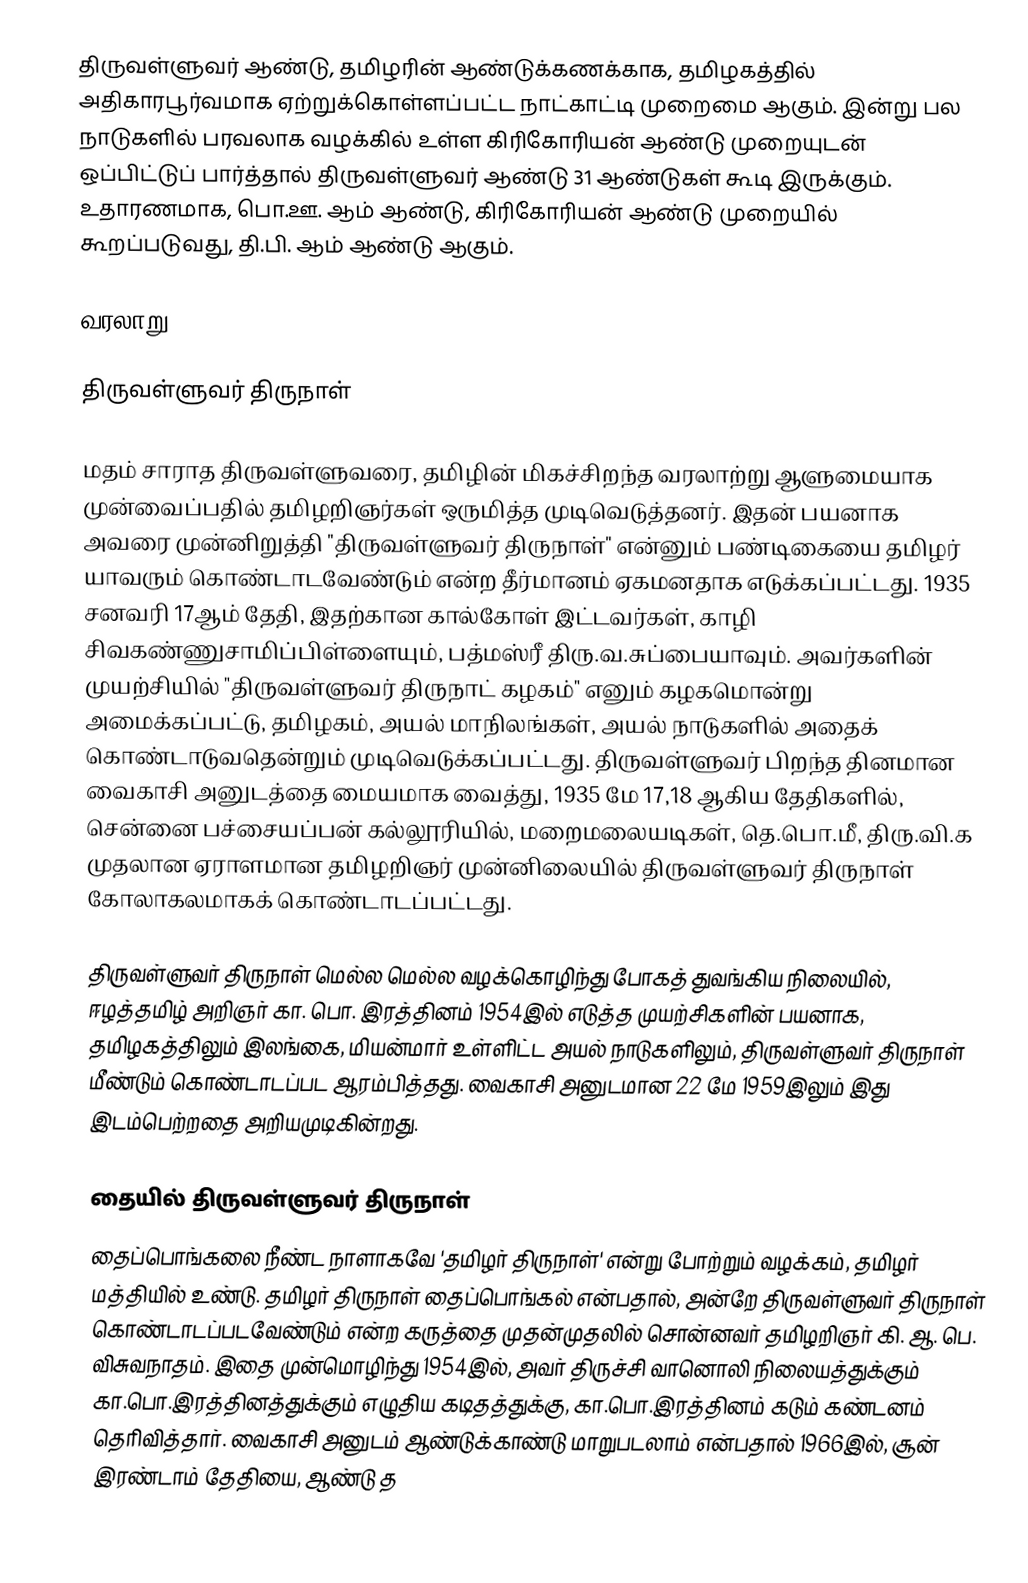
திருவள்ளுவர் ஆண்டு, தமிழரின் ஆண்டுக்கணக்காக, தமிழகத்தில் அதிகாரபூர்வமாக ஏற்றுக்கொள்ளப்பட்ட நாட்காட்டி முறைமை ஆகும். இன்று பல நாடுகளில் பரவலாக வழக்கில் உள்ள கிரிகோரியன் ஆண்டு முறையுடன் ஒப்பிட்டுப் பார்த்தால் திருவள்ளுவர் ஆண்டு 31 ஆண்டுகள் கூடி இருக்கும். உதாரணமாக, பொ.ஊ.  ஆம் ஆண்டு, கிரிகோரியன் ஆண்டு முறையில் கூறப்படுவது, தி.பி.  ஆம் ஆண்டு ஆகும்.

வரலாறு

திருவள்ளுவர் திருநாள்

மதம் சாராத திருவள்ளுவரை, தமிழின் மிகச்சிறந்த வரலாற்று ஆளுமையாக முன்வைப்பதில் தமிழறிஞர்கள் ஒருமித்த முடிவெடுத்தனர். இதன் பயனாக அவரை முன்னிறுத்தி "திருவள்ளுவர் திருநாள்" என்னும் பண்டிகையை தமிழர் யாவரும் கொண்டாடவேண்டும் என்ற தீர்மானம் ஏகமனதாக எடுக்கப்பட்டது. 1935 சனவரி 17ஆம் தேதி, இதற்கான கால்கோள் இட்டவர்கள், காழி சிவகண்ணுசாமிப்பிள்ளையும், பத்மஸ்ரீ திரு.வ.சுப்பையாவும். அவர்களின் முயற்சியில் "திருவள்ளுவர் திருநாட் கழகம்" எனும் கழகமொன்று அமைக்கப்பட்டு, தமிழகம், அயல் மாநிலங்கள், அயல் நாடுகளில் அதைக் கொண்டாடுவதென்றும் முடிவெடுக்கப்பட்டது. திருவள்ளுவர் பிறந்த தினமான வைகாசி அனுடத்தை மையமாக வைத்து, 1935 மே 17,18 ஆகிய தேதிகளில், சென்னை பச்சையப்பன் கல்லூரியில், மறைமலையடிகள், தெ.பொ.மீ, திரு.வி.க முதலான ஏராளமான தமிழறிஞர் முன்னிலையில் திருவள்ளுவர் திருநாள் கோலாகலமாகக் கொண்டாடப்பட்டது.

திருவள்ளுவர் திருநாள் மெல்ல மெல்ல வழக்கொழிந்து போகத் துவங்கிய நிலையில், ஈழத்தமிழ் அறிஞர் கா. பொ. இரத்தினம் 1954இல் எடுத்த முயற்சிகளின் பயனாக, தமிழகத்திலும் இலங்கை, மியன்மார் உள்ளிட்ட அயல் நாடுகளிலும்,  திருவள்ளுவர் திருநாள் மீண்டும் கொண்டாடப்பட ஆரம்பித்தது. வைகாசி அனுடமான 22 மே 1959இலும் இது இடம்பெற்றதை அறியமுடிகின்றது.

தையில் திருவள்ளுவர் திருநாள்
தைப்பொங்கலை நீண்ட நாளாகவே 'தமிழர் திருநாள்' என்று போற்றும் வழக்கம், தமிழர் மத்தியில் உண்டு. தமிழர் திருநாள் தைப்பொங்கல் என்பதால், அன்றே திருவள்ளுவர் திருநாள் கொண்டாடப்படவேண்டும் என்ற கருத்தை முதன்முதலில் சொன்னவர் தமிழறிஞர் கி. ஆ. பெ. விசுவநாதம். இதை முன்மொழிந்து 1954இல், அவர் திருச்சி வானொலி நிலையத்துக்கும் கா.பொ.இரத்தினத்துக்கும்  எழுதிய கடிதத்துக்கு, கா.பொ.இரத்தினம் கடும் கண்டனம் தெரிவித்தார். வைகாசி அனுடம் ஆண்டுக்காண்டு மாறுபடலாம் என்பதால் 1966இல், சூன் இரண்டாம் தேதியை, ஆண்டு த